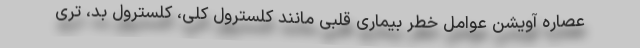
عصاره آویشن عوامل خطر بیماری قلبی مانند کلسترول کلی، کلسترول بد، تری